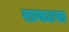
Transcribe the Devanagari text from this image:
रायटस